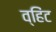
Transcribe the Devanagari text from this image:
व्हिंट